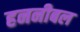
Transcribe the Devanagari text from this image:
हननीबल